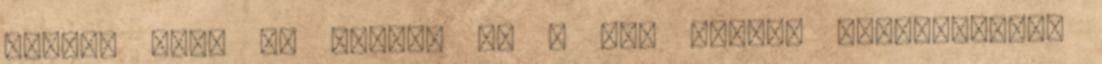
észre, hogy az aknász és a női csapat megérkezett.